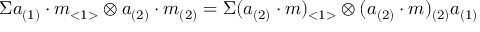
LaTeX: \Sigma a _ { ( 1 ) } \cdot m _ { < 1 > } \otimes a _ { ( 2 ) } \cdot m _ { ( 2 ) } = \Sigma ( a _ { ( 2 ) } \cdot m ) _ { < 1 > } \otimes ( a _ { ( 2 ) } \cdot m ) _ { ( 2 ) } a _ { ( 1 ) }